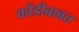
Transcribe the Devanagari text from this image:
कोंडीबाबत